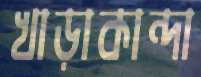
খাড়াকান্দা